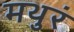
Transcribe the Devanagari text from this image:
मथुरं